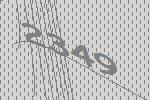
2349